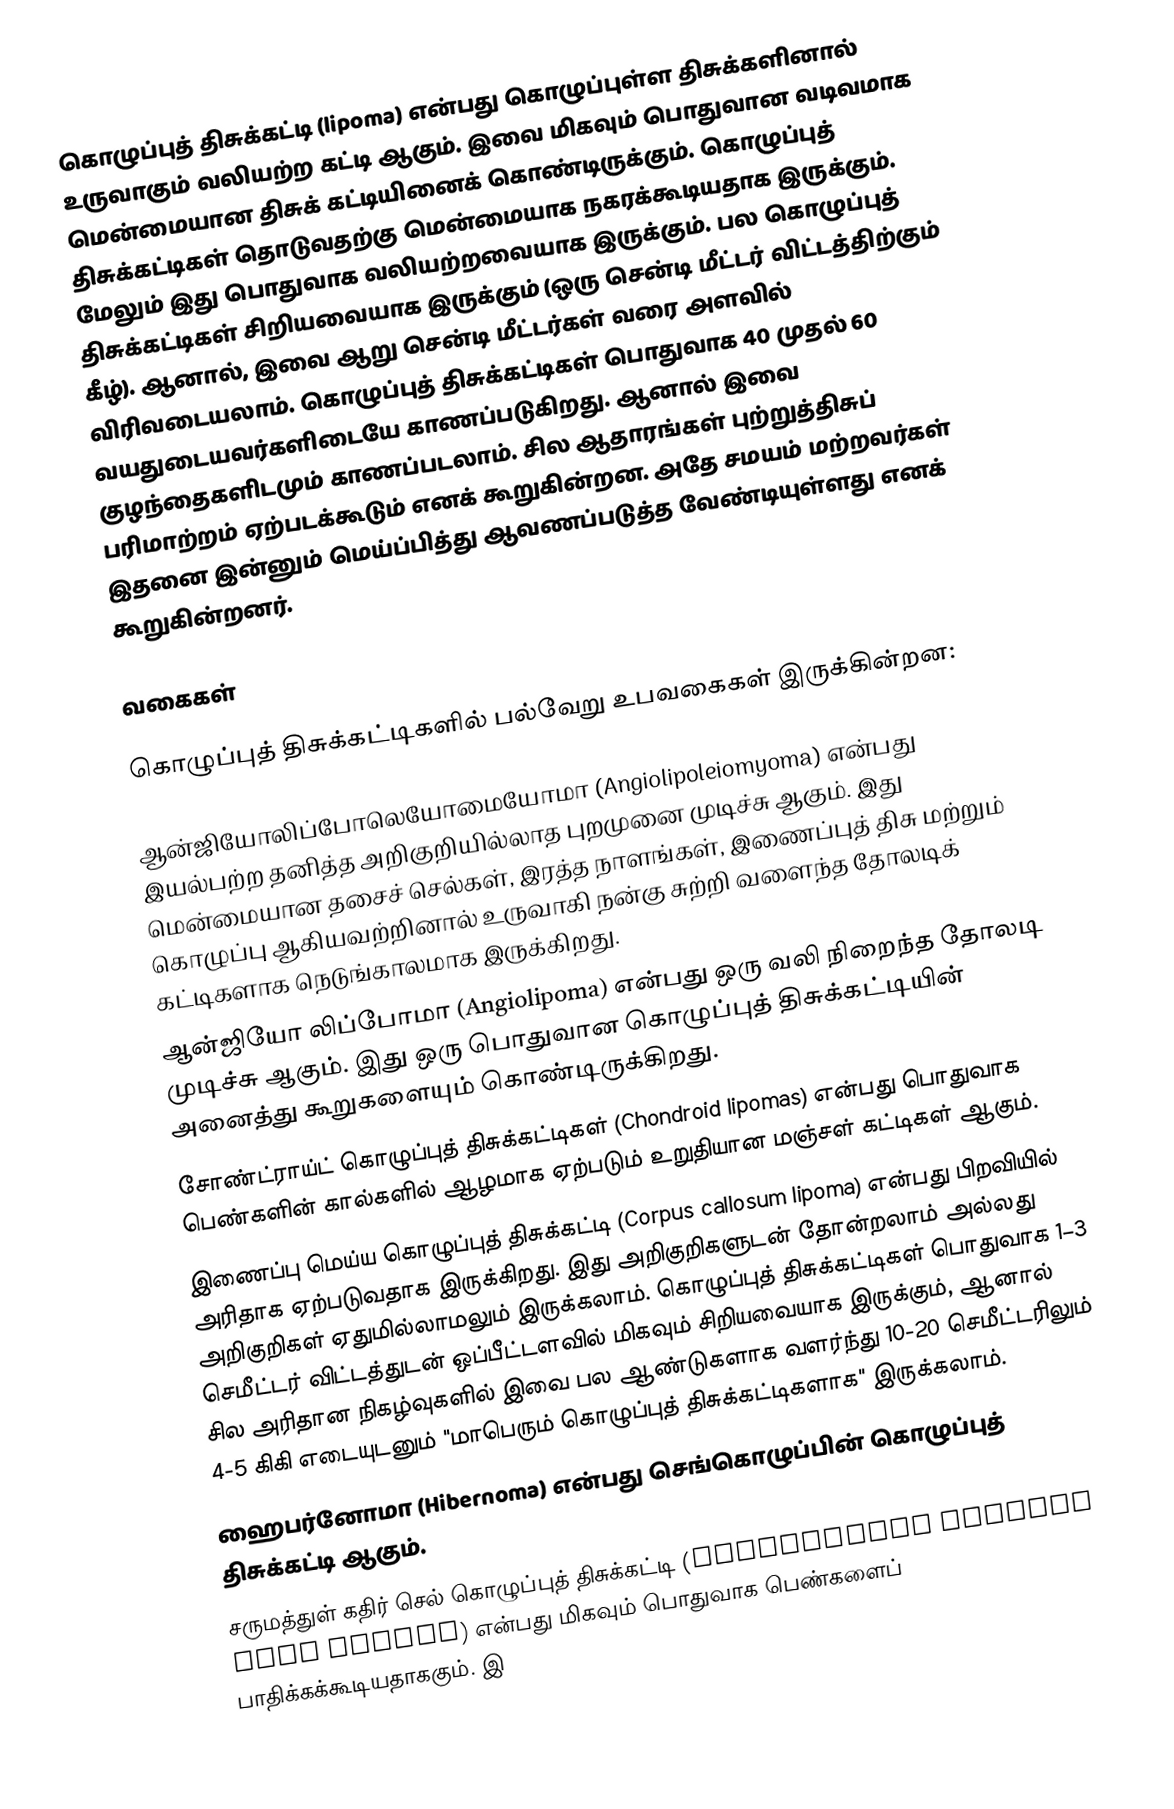
கொழுப்புத் திசுக்கட்டி (lipoma) என்பது கொழுப்புள்ள திசுக்களினால் உருவாகும் வலியற்ற கட்டி ஆகும். இவை மிகவும் பொதுவான வடிவமாக மென்மையான திசுக் கட்டியினைக் கொண்டிருக்கும். கொழுப்புத் திசுக்கட்டிகள் தொடுவதற்கு மென்மையாக நகரக்கூடியதாக இருக்கும். மேலும் இது பொதுவாக வலியற்றவையாக இருக்கும். பல கொழுப்புத் திசுக்கட்டிகள் சிறியவையாக இருக்கும் (ஒரு சென்டி மீட்டர் விட்டத்திற்கும் கீழ்). ஆனால், இவை ஆறு சென்டி மீட்டர்கள் வரை அளவில் விரிவடையலாம். கொழுப்புத் திசுக்கட்டிகள் பொதுவாக 40 முதல் 60 வயதுடையவர்களிடையே காணப்படுகிறது. ஆனால் இவை குழந்தைகளிடமும் காணப்படலாம். சில ஆதாரங்கள் புற்றுத்திசுப் பரிமாற்றம் ஏற்படக்கூடும் எனக் கூறுகின்றன. அதே சமயம் மற்றவர்கள் இதனை இன்னும் மெய்ப்பித்து ஆவணப்படுத்த வேண்டியுள்ளது எனக் கூறுகின்றனர்.

வகைகள்

கொழுப்புத் திசுக்கட்டிகளில் பல்வேறு உபவகைகள் இருக்கின்றன:

 ஆன்ஜியோலிப்போலெயோமையோமா (Angiolipoleiomyoma) என்பது இயல்பற்ற தனித்த அறிகுறியில்லாத புறமுனை முடிச்சு ஆகும். இது மென்மையான தசைச் செல்கள், இரத்த நாளங்கள், இணைப்புத் திசு மற்றும் கொழுப்பு ஆகியவற்றினால் உருவாகி நன்கு சுற்றி வளைந்த தோலடிக் கட்டிகளாக நெடுங்காலமாக இருக்கிறது.
 ஆன்ஜியோ லிப்போமா (Angiolipoma) என்பது ஒரு வலி நிறைந்த தோலடி முடிச்சு ஆகும். இது ஒரு பொதுவான கொழுப்புத் திசுக்கட்டியின் அனைத்து கூறுகளையும் கொண்டிருக்கிறது.
 சோண்ட்ராய்ட் கொழுப்புத் திசுக்கட்டிகள் (Chondroid lipomas) என்பது பொதுவாக பெண்களின் கால்களில் ஆழமாக ஏற்படும் உறுதியான மஞ்சள் கட்டிகள் ஆகும்.
 இணைப்பு மெய்ய கொழுப்புத் திசுக்கட்டி (Corpus callosum lipoma) என்பது பிறவியில் அரிதாக ஏற்படுவதாக இருக்கிறது. இது அறிகுறிகளுடன் தோன்றலாம் அல்லது அறிகுறிகள் ஏதுமில்லாமலும் இருக்கலாம். கொழுப்புத் திசுக்கட்டிகள் பொதுவாக 1–3 செமீட்டர் விட்டத்துடன் ஒப்பீட்டளவில் மிகவும் சிறியவையாக இருக்கும், ஆனால் சில அரிதான நிகழ்வுகளில் இவை பல ஆண்டுகளாக வளர்ந்து 10-20 செமீட்டரிலும் 4-5 கிகி எடையுடனும் "மாபெரும் கொழுப்புத் திசுக்கட்டிகளாக" இருக்கலாம்.
 ஹைபர்னோமா (Hibernoma) என்பது செங்கொழுப்பின் கொழுப்புத் திசுக்கட்டி ஆகும்.
 சருமத்துள் கதிர் செல் கொழுப்புத் திசுக்கட்டி (Intradermal spindle cell lipoma) என்பது மிகவும் பொதுவாக பெண்களைப் பாதிக்கக்கூடியதாககும். இ